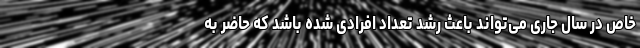
خاص در سال جاری می‌تواند باعث رشد تعداد افرادی شده باشد که حاضر به